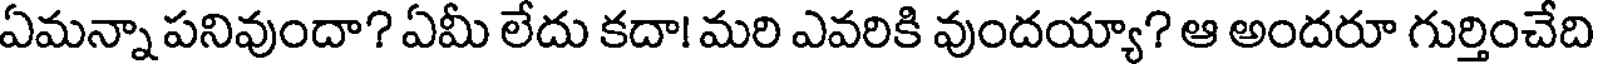
ఏమన్నా పనివుందా? ఏమీ లేదు కదా! మరి ఎవరికి వుందయ్యా? ఆ అందరూ గుర్తించేది